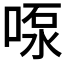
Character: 𫪴